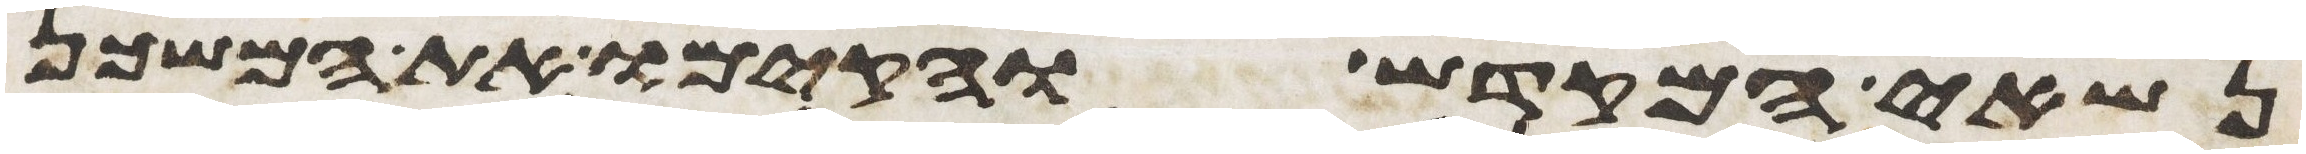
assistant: נשאי המקדש והקימו את המשכן